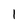
Character: 1